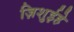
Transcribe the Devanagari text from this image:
ज़िशुईहे